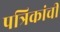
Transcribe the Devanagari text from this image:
पत्रिकांची